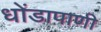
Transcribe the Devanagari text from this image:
धोंडापाणी